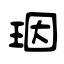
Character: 珚